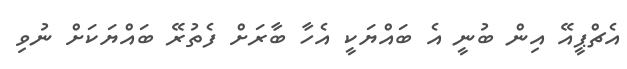
އެޗްޕީއޭ އިން ބުނީ އެ ބައްޔަކީ އެހާ ބާރަށް ފެތުރޭ ބައްޔަކަށް ނުވި